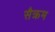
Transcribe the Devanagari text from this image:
सैक्रम